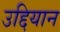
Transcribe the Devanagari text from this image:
उद्दियान